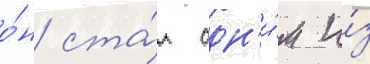
о́н ста́л одн'и́м и́з